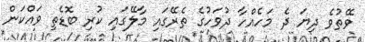
ވޭޭތުވެ ދިޔަ ދެ މަހެއްހާ ދުވަހުގެ ތެރޭގައި މާލޭގައި ކުރި ބޮޑެތި ވައްކަން